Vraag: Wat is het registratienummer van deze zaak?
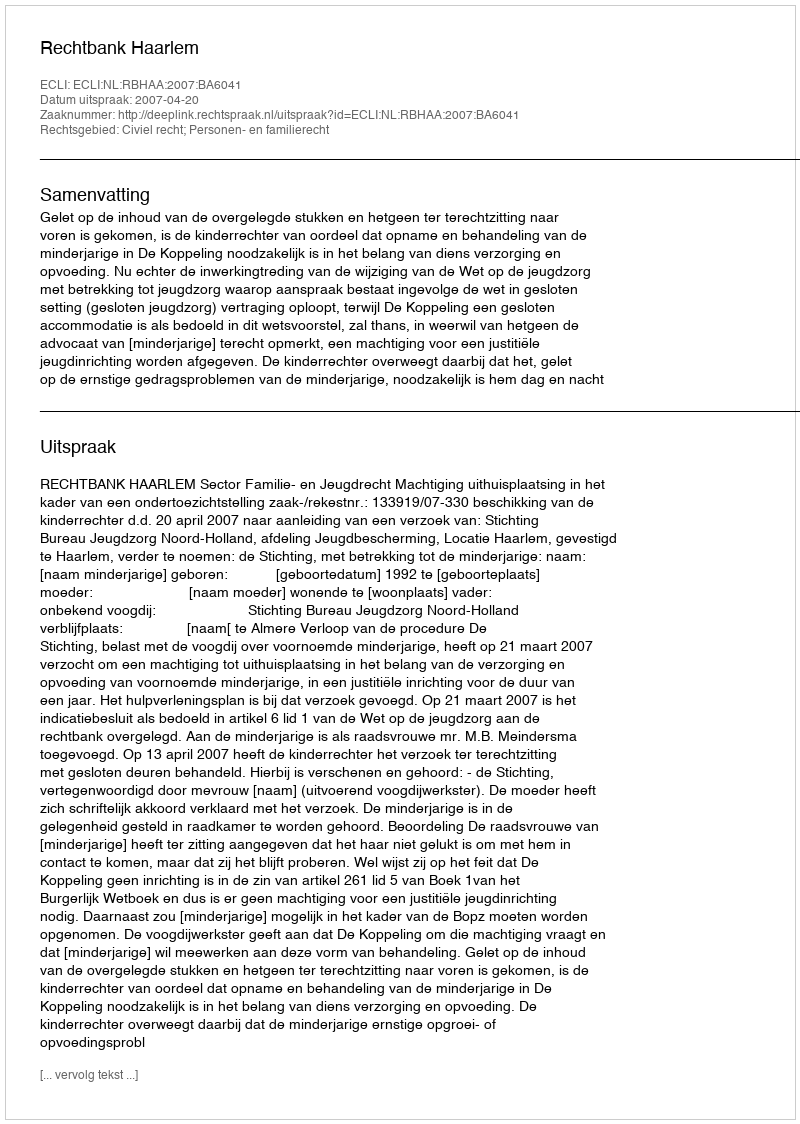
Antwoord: http://deeplink.rechtspraak.nl/uitspraak?id=ECLI:NL:RBHAA:2007:BA6041